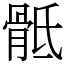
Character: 骶